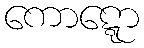
ကောဋ္ဋော